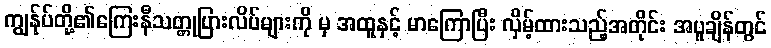
ကျွန်ုပ်တို့၏ကြေးနီသတ္တုပြားလိပ်များကို မှ အထူနှင့် မာကြောပြီး လှိမ့်ထားသည့်အတိုင်း အပူချိန်တွင်